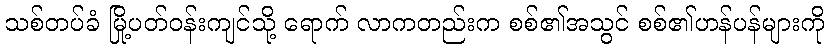
သစ်တပ်ခံ မြို့ပတ်ဝန်းကျင်သို့ ရောက် လာကတည်းက စစ်၏အသွင် စစ်၏ဟန်ပန်များကို